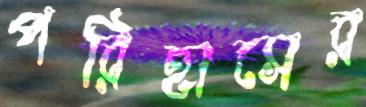
পরিহাসের